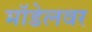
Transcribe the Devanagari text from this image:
मॉडेलवर